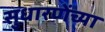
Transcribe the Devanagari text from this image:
सुधारणेंच्या